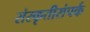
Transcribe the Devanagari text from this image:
संस्कृतीसंपर्क